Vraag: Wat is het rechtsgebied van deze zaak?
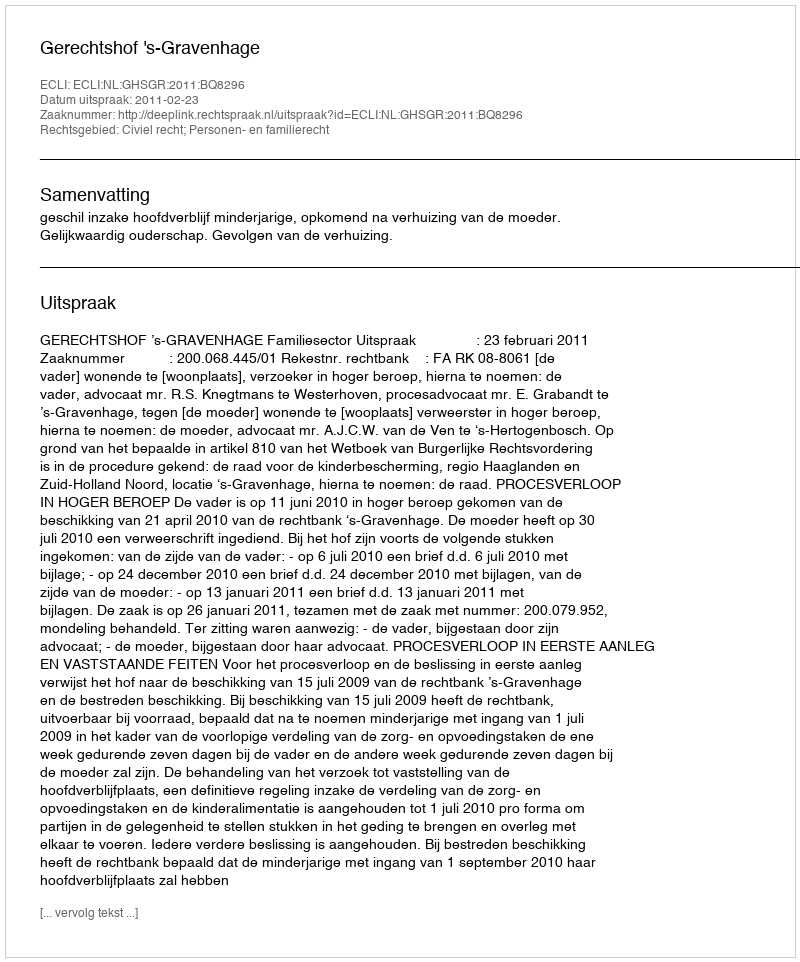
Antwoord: Civiel recht; Personen- en familierecht